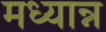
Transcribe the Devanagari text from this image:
मध्यान्न